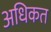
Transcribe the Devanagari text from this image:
अधिकत